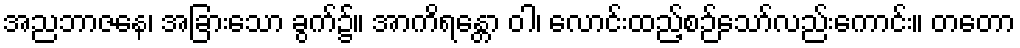
အညဘာဇနေ၊ အခြားသော ခွက်၌။ အာကိရန္တော ဝါ၊ လောင်းထည့်စဉ်သော်လည်းကောင်း။ တတော